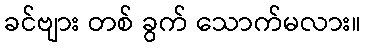
ခင်ဗျား တစ် ခွက် သောက်မလား။